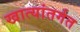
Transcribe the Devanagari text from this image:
खात्यांतर्गत